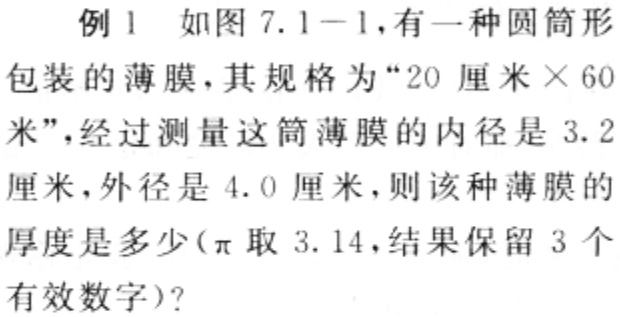
例 1 如图 7.1 - 1,有一种圆筒形包装的薄膜，其规格为“20 厘米×60米”，经过测量这筒薄膜的内径是 3.2厘米，外径是 4.0厘米，则该种薄膜的厚度是多少（$\pi$取 3.14，结果保留 3 个有效数字）?